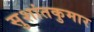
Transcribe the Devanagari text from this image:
सुशांतकुमार